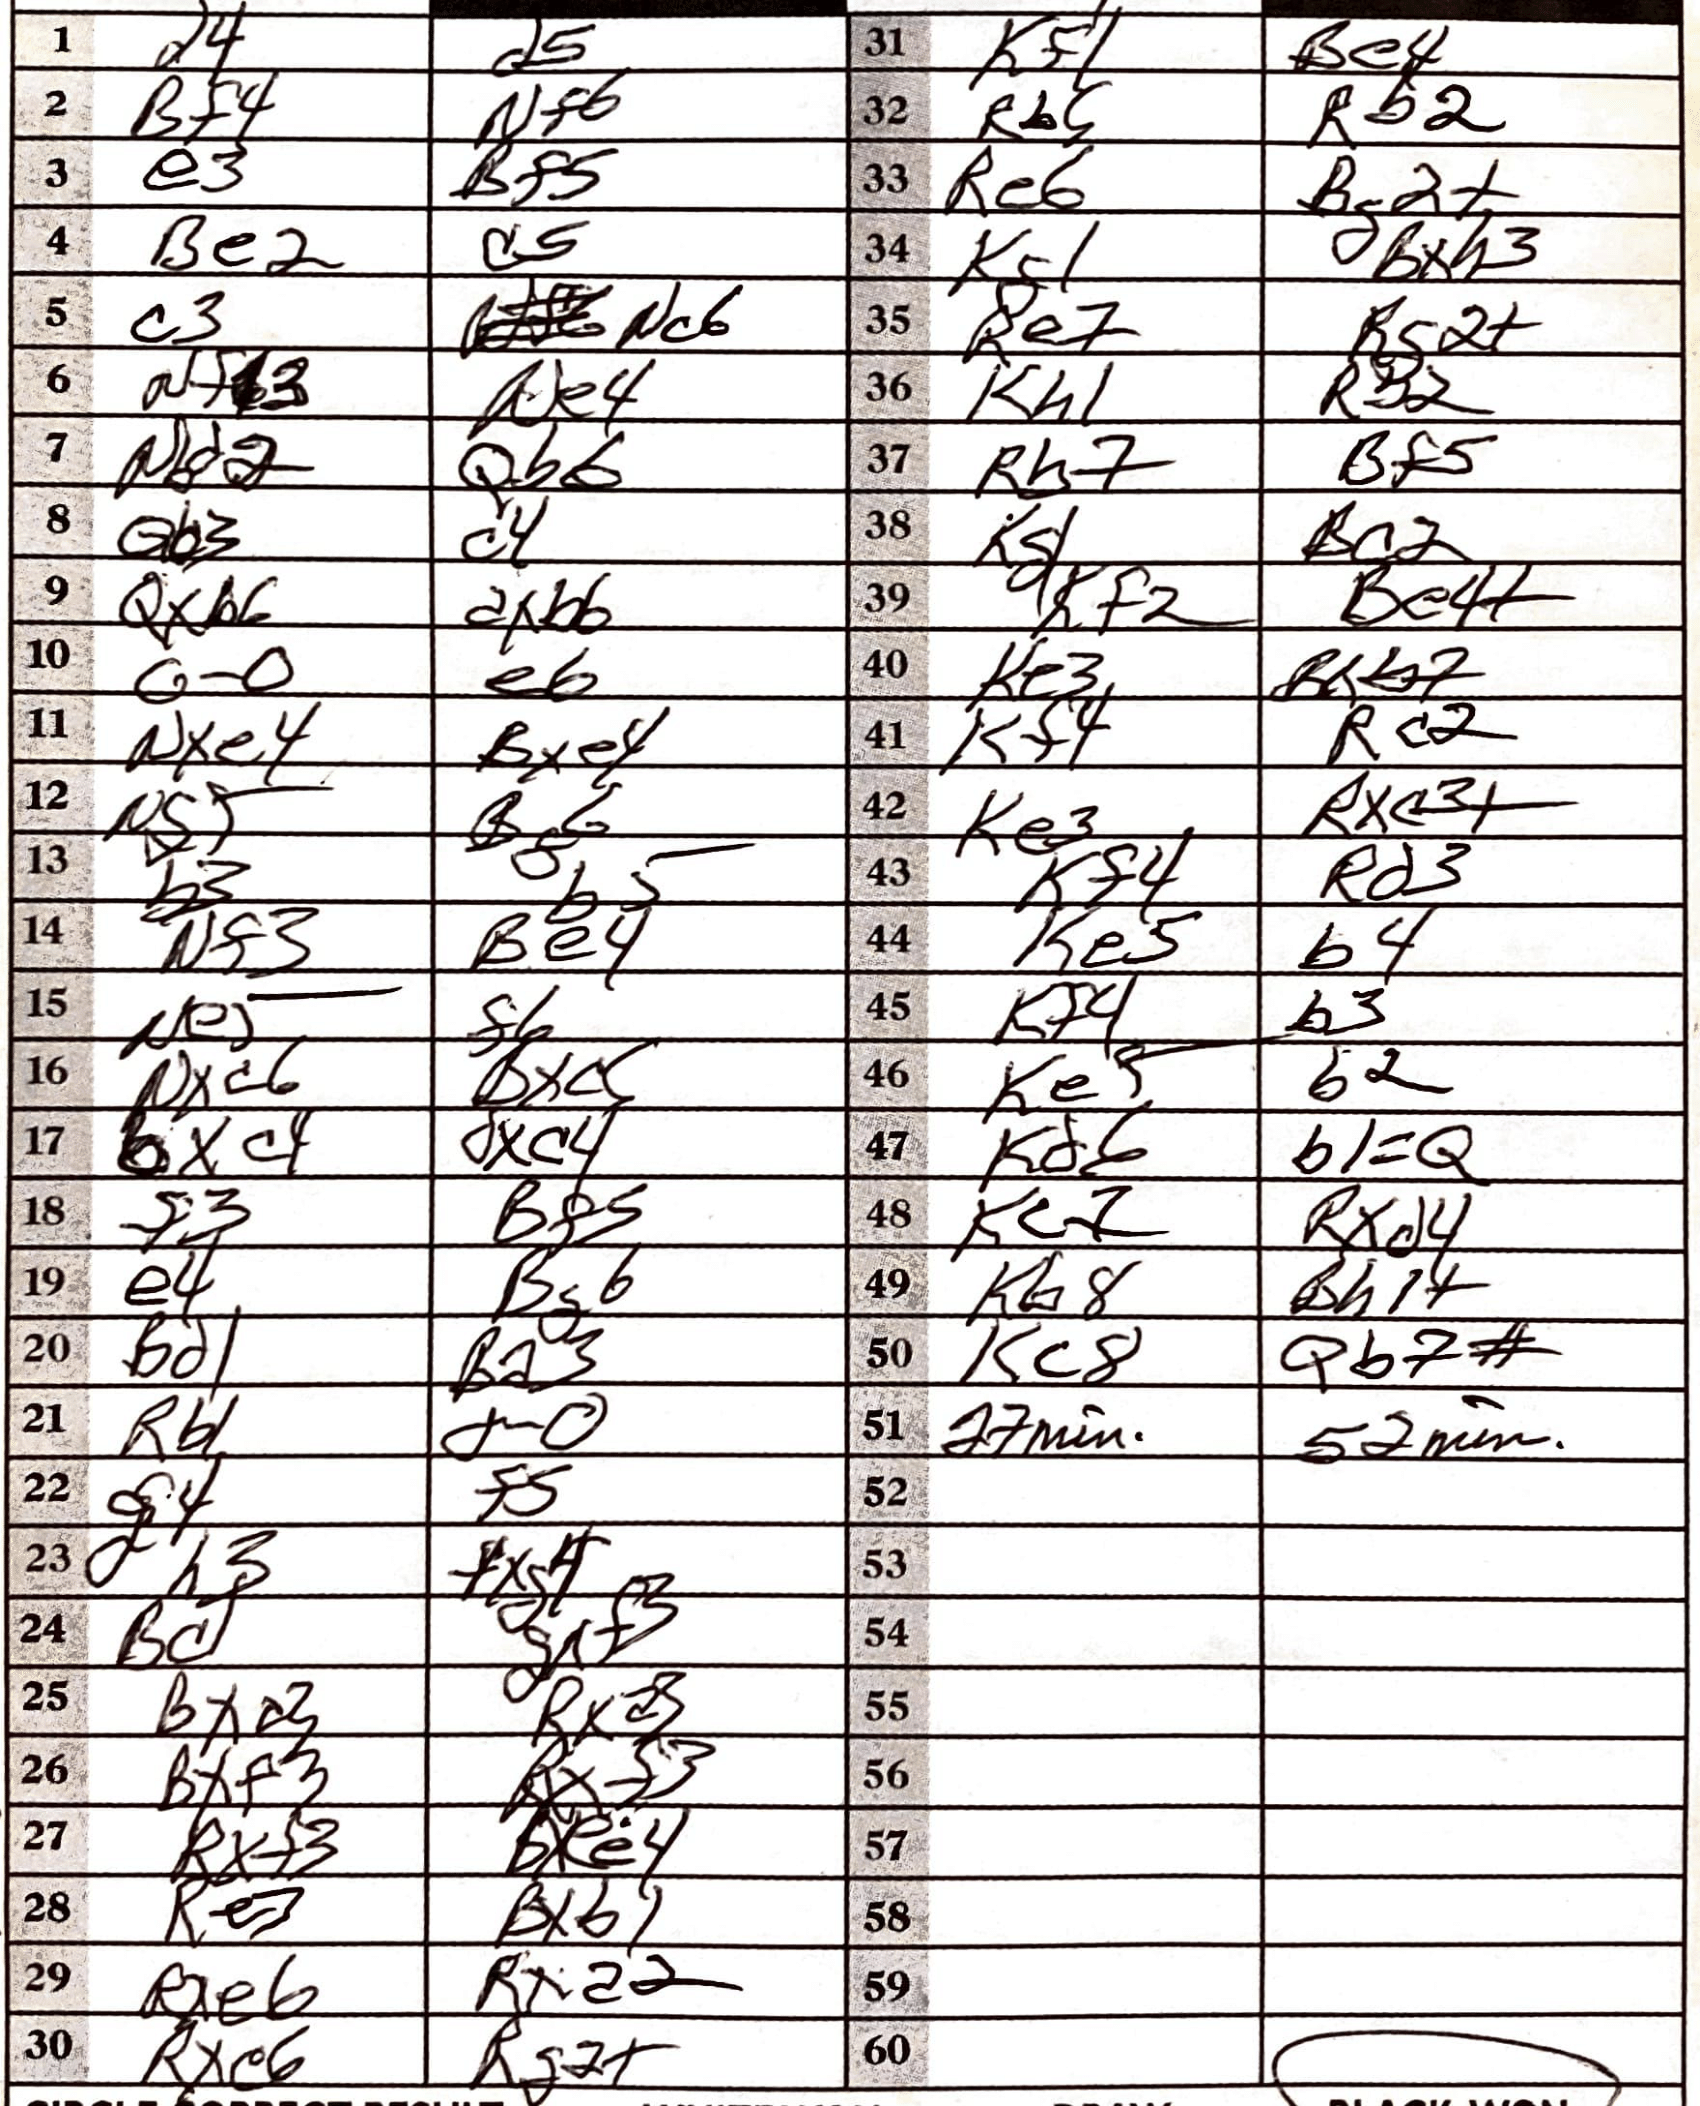
Moves: d4 d5 Bf4 Nf6 e3 Bf5 Be2 d5 c3 Nc6 Ne4 N82 Qb6 Qb3 c4 Qxb6 dxb6 O-O e6 Nxe4 Bxe4 N5+ B6 b3 b5 Nf3 Be4 Ne5 f6 Nxc6 Bxc5 bxc4 dxc4 f3 Bf5 e4 Bg6 Bd1 Ba3 Rb1 O-O d4 f5 fh3 fxg4 Bc1 gxf3 Bxd3 Rxa3 Bxf3 Rxf3 Rxf3 bxee4 Re3 Bxb1 Rxe6 Rxd2 Rxc6 Rd2+ Kf1 Be4 Rb5 Rb2 Re6 Bc2+ Kg1 Bxh3 Re7 Rg2+ Kh1 Rb2 Rh7 Bf5 Kg1 Kc2 Kf2 Be4+ Ke3 Rxb7 Kf4 Rc2 Ke3 Rxc3+ Kf4 Rd3 Ke5 b4 Kf4 b3 Ke5 b2 Kd6 b1=Q Kc7 Rxd4 Kb8 Bh1+ Kc8 Qb7#